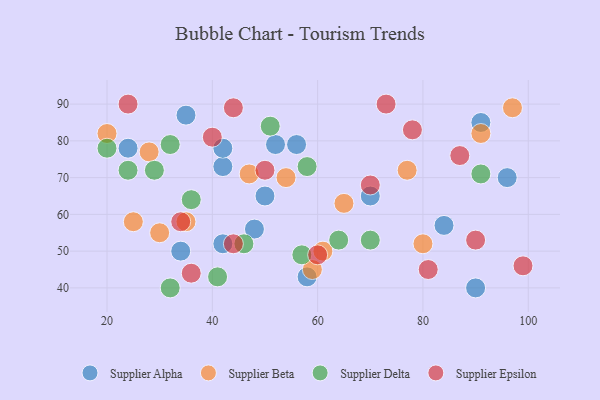
{"axis": {"x": "GDP", "y": "Life Expectancy"}, "legend": ["Supplier Alpha", "Supplier Beta", "Supplier Delta", "Supplier Epsilon"], "data": [{"x": "56", "y": 79, "type": "Supplier Alpha"}, {"x": "84", "y": 57, "type": "Supplier Alpha"}, {"x": "90", "y": 40, "type": "Supplier Alpha"}, {"x": "42", "y": 73, "type": "Supplier Alpha"}, {"x": "35", "y": 87, "type": "Supplier Alpha"}, {"x": "24", "y": 78, "type": "Supplier Alpha"}, {"x": "96", "y": 70, "type": "Supplier Alpha"}, {"x": "48", "y": 56, "type": "Supplier Alpha"}, {"x": "91", "y": 85, "type": "Supplier Alpha"}, {"x": "34", "y": 50, "type": "Supplier Alpha"}, {"x": "70", "y": 65, "type": "Supplier Alpha"}, {"x": "50", "y": 65, "type": "Supplier Alpha"}, {"x": "58", "y": 43, "type": "Supplier Alpha"}, {"x": "52", "y": 79, "type": "Supplier Alpha"}, {"x": "42", "y": 52, "type": "Supplier Alpha"}, {"x": "42", "y": 78, "type": "Supplier Alpha"}, {"x": "91", "y": 82, "type": "Supplier Beta"}, {"x": "54", "y": 70, "type": "Supplier Beta"}, {"x": "20", "y": 82, "type": "Supplier Beta"}, {"x": "80", "y": 52, "type": "Supplier Beta"}, {"x": "77", "y": 72, "type": "Supplier Beta"}, {"x": "28", "y": 77, "type": "Supplier Beta"}, {"x": "35", "y": 58, "type": "Supplier Beta"}, {"x": "61", "y": 50, "type": "Supplier Beta"}, {"x": "65", "y": 63, "type": "Supplier Beta"}, {"x": "30", "y": 55, "type": "Supplier Beta"}, {"x": "59", "y": 45, "type": "Supplier Beta"}, {"x": "47", "y": 71, "type": "Supplier Beta"}, {"x": "97", "y": 89, "type": "Supplier Beta"}, {"x": "25", "y": 58, "type": "Supplier Beta"}, {"x": "51", "y": 84, "type": "Supplier Delta"}, {"x": "57", "y": 49, "type": "Supplier Delta"}, {"x": "24", "y": 72, "type": "Supplier Delta"}, {"x": "46", "y": 52, "type": "Supplier Delta"}, {"x": "70", "y": 53, "type": "Supplier Delta"}, {"x": "20", "y": 78, "type": "Supplier Delta"}, {"x": "41", "y": 43, "type": "Supplier Delta"}, {"x": "32", "y": 79, "type": "Supplier Delta"}, {"x": "29", "y": 72, "type": "Supplier Delta"}, {"x": "36", "y": 64, "type": "Supplier Delta"}, {"x": "58", "y": 73, "type": "Supplier Delta"}, {"x": "32", "y": 40, "type": "Supplier Delta"}, {"x": "64", "y": 53, "type": "Supplier Delta"}, {"x": "91", "y": 71, "type": "Supplier Delta"}, {"x": "44", "y": 89, "type": "Supplier Epsilon"}, {"x": "99", "y": 46, "type": "Supplier Epsilon"}, {"x": "50", "y": 72, "type": "Supplier Epsilon"}, {"x": "87", "y": 76, "type": "Supplier Epsilon"}, {"x": "70", "y": 68, "type": "Supplier Epsilon"}, {"x": "36", "y": 44, "type": "Supplier Epsilon"}, {"x": "34", "y": 58, "type": "Supplier Epsilon"}, {"x": "81", "y": 45, "type": "Supplier Epsilon"}, {"x": "78", "y": 83, "type": "Supplier Epsilon"}, {"x": "90", "y": 53, "type": "Supplier Epsilon"}, {"x": "60", "y": 49, "type": "Supplier Epsilon"}, {"x": "44", "y": 52, "type": "Supplier Epsilon"}, {"x": "24", "y": 90, "type": "Supplier Epsilon"}, {"x": "73", "y": 90, "type": "Supplier Epsilon"}, {"x": "40", "y": 81, "type": "Supplier Epsilon"}]}